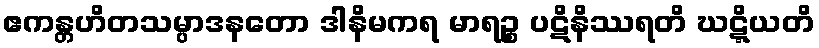
ဧကန္တဟိတသမ္ပာဒနတော ဒါနိမကရ မာရဉ္စ ပဋိနိဿရတိ ဃဋ္ဋိယတိ